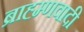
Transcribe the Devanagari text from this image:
ब्राह्म्णवादी